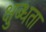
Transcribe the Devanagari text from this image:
क्षुब्धता